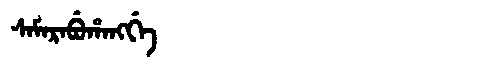
Manchu: ᠰᠠᠮᠠᡵᠠᠪᡠᡥᠠᠩᡤᡝ
Romanization: SAMARABUHANGGE